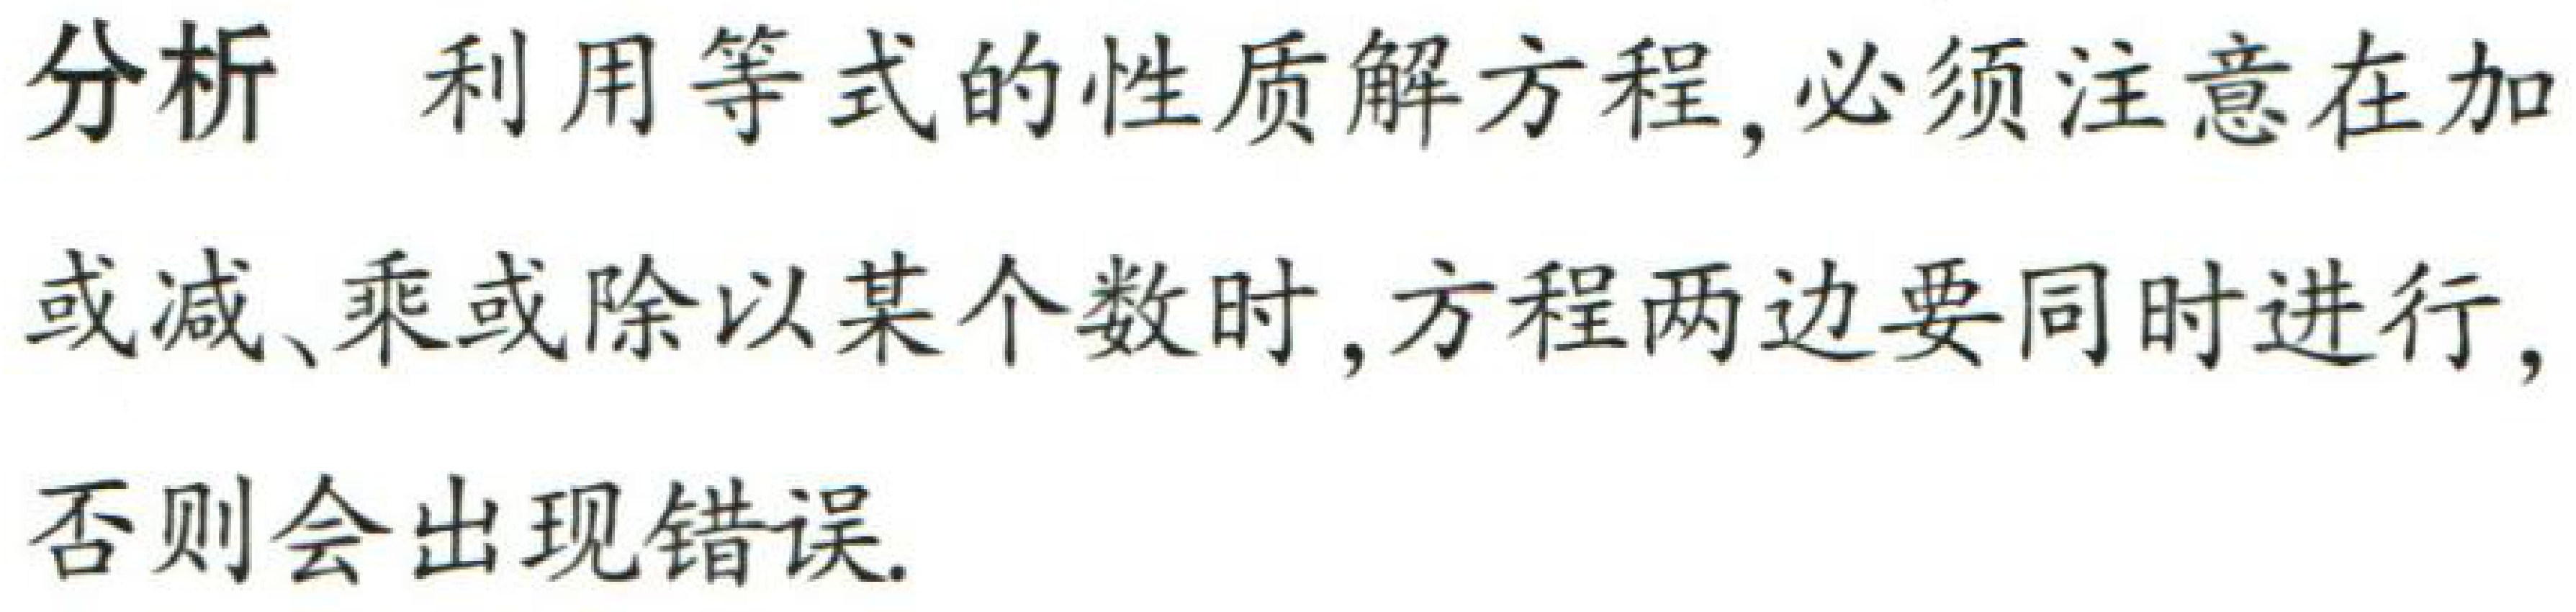
分析 利用等式的性质解方程, 必须注意在加或减、乘或除以某个数时, 方程两边要同时进行, 否则会出现错误.